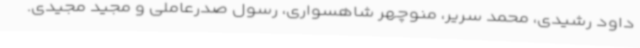
داود رشیدی، محمد سریر، منوچهر شاهسواری، رسول صدرعاملی و مجید مجیدی.